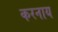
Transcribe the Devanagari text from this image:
करनाय